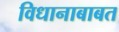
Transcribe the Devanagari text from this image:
विधानाबाबत